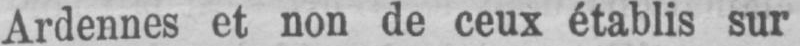
Ardennes et non de ceux établis sur